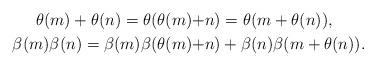
LaTeX: \begin{align*}\theta(m)+\theta(n)=\theta(\theta(m)+&n)=\theta(m+\theta(n)),\\\beta(m)\beta(n)=\beta(m)\beta(\theta(m)+&n)+\beta(n)\beta(m+\theta(n)).\end{align*}